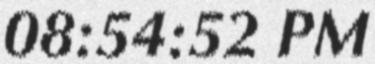
08:54:52 PM